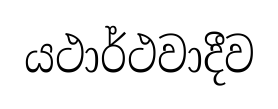
යථාර්ථවාදීව